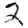
Digit: 2